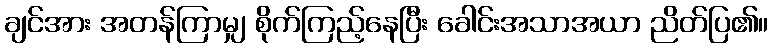
ချင်အား အတန်ကြာမျှ စိုက်ကြည့်နေပြီး ခေါင်းအသာအယာ ညိတ်ပြ၏။